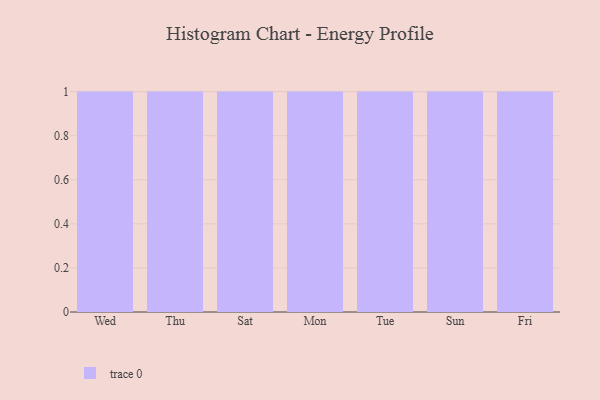
{"axis": {"x": "Day", "y": "LTV (USD)"}, "legend": [""], "data": [{"x": "Wed", "y": 45, "type": ""}, {"x": "Thu", "y": 55, "type": ""}, {"x": "Sat", "y": 41, "type": ""}, {"x": "Mon", "y": 6, "type": ""}, {"x": "Tue", "y": 63, "type": ""}, {"x": "Sun", "y": 50, "type": ""}, {"x": "Fri", "y": 100, "type": ""}]}